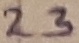
Text: 23